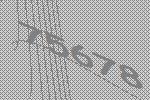
75678